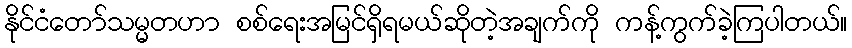
နိုင်ငံတော်သမ္မတဟာ စစ်ရေးအမြင်ရှိရမယ်ဆိုတဲ့အချက်ကို ကန့်ကွက်ခဲ့ကြပါတယ်။